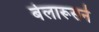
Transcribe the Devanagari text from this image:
बेलारूसने